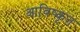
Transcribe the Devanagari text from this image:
आविष्‍कृत